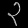
Digit: ၃